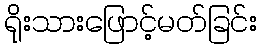
ရိုးသားဖြောင့်မတ်ခြင်း